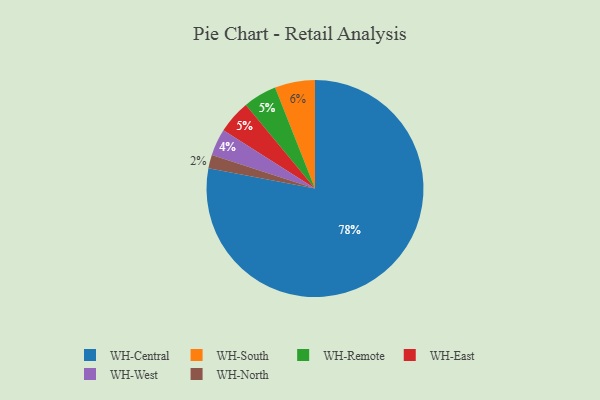
{"axis": {"x": "Category", "y": "Percentage"}, "legend": ["WH-Central", "WH-East", "WH-North", "WH-Remote", "WH-South", "WH-West"], "data": [{"x": "WH-South", "y": 6, "type": "WH-South"}, {"x": "WH-Remote", "y": 5, "type": "WH-Remote"}, {"x": "WH-West", "y": 4, "type": "WH-West"}, {"x": "WH-Central", "y": 78, "type": "WH-Central"}, {"x": "WH-North", "y": 2, "type": "WH-North"}, {"x": "WH-East", "y": 5, "type": "WH-East"}]}